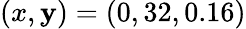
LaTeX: (x,\mathbf{y})=(0,32,0.16)